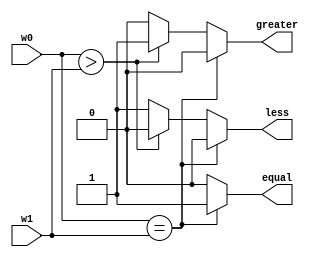
module comparator4bit(w0, w1, less, equal, greater);
    input wire[3:0] w0, w1;
    output reg less, equal, greater;

    always @(w0 or w1) begin
        if(w0 == w1) begin
            less = 0; 
            greater = 0;
            equal = 1;
            end
        else if(w0 > w1) begin
            less = 0;
            greater = 1;
            equal = 0;
            end
        else begin
            less = 1;
            greater = 0;
            equal = 0;
            end
    end
endmodule